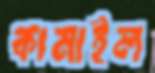
কামাইল